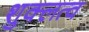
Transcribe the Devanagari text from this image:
शुक्लत्व